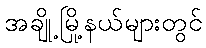
အချို့မြို့နယ်များတွင်